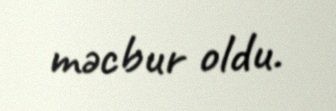
məcbur oldu.